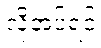
လိုအပ်ရင်